Treatise on elephants
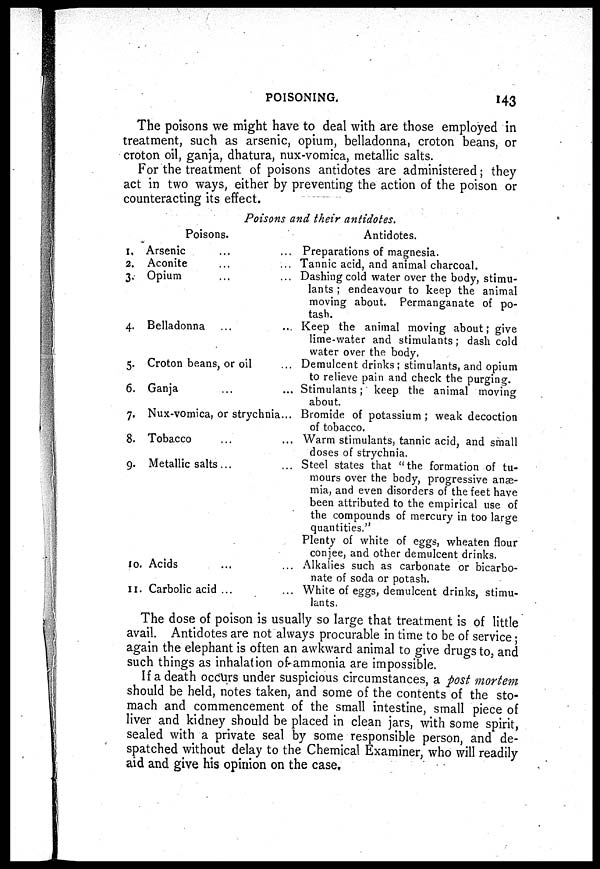
POISONING.
143
The poisons we might have to deal with are those employed in
treatment, such as arsenic, opium, belladonna, croton beans, or
croton oil, ganja, dhatura, nux-vomica, metallic salts.
For the treatment of poisons antidotes are administered; they
act in two ways, either by preventing the action of the poison or
counteracting its effect.
Poisons and their antidotes.
Poisons.
1.
2.
3.
4.
5.
6.
7.
8.
9.
10.
11.
Arsenic ... ...
Aconite ... ...
Opium ... ...
Belladonna
...
...
Croton beans, or oil ... ...
Ganja ... ...
Nux-vomica, or strychnia...
Tobacco
...
...
Metallic salts ... ...
Acids ... ...
Carbolic acid ... ...
Antidotes.
Preparations of magnesia.
Tannic acid, and animal charcoal.
Dashing cold water over the body, stimu-
lants ; endeavour to keep the animal
moving about. Permanganate of po-
tash.
Keep the animal moving about; give
lime-water and stimulants; dash cold
water over the body.
Demulcent drinks; stimulants, and opium
to relieve pain and check the purging.
Stimulants; keep the animal moving
about.
Bromide of potassium ; weak decoction
of tobacco.
Warm stimulants, tannic acid, and small
doses of strychnia.
Steel states that "the formation of tu-
mours over the body, progressive an--
mia, and even disorders of the feet have
been attributed to the empirical use of
the compounds of mercury in too large
quantities."
Plenty of white of eggs, wheaten flour
conjee, and other demulcent drinks.
Alkalies such as carbonate or bicarbo-
nate of soda or potash.
White of eggs, demulcent drinks, stimu-
lants.
The dose of poison is usually so large that treatment is of little
avail. Antidotes are not always procurable in time to be of service;
again the elephant is often an awkward animal to give drugs to, and
such things as inhalation of ammonia are impossible.
If a death occurs under suspicious circumstances, a post mortem
should be held, notes taken, and some of the contents of the sto-
mach and commencement of the small intestine, small piece of
liver and kidney should be placed in clean jars, with some spirit,
sealed with a private seal by some responsible person, and de-
spatched without delay to the Chemical Examiner, who will readily
aid and give his opinion on the case.